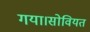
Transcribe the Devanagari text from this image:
गया।सोवियत